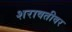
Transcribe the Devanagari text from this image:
शरावतीवर